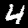
Digit: 4